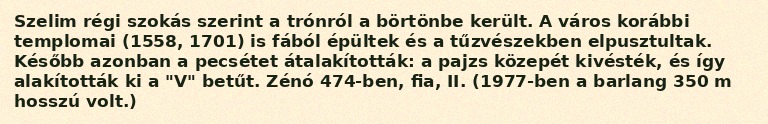
Szelim régi szokás szerint a trónról a börtönbe került. A város korábbi templomai (1558, 1701) is fából épültek és a tűzvészekben elpusztultak. Később azonban a pecsétet átalakították: a pajzs közepét kivésték, és így alakították ki a "V" betűt. Zénó 474-ben, fia, II. (1977-ben a barlang 350 m hosszú volt.)